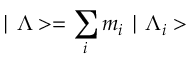
\mid \Lambda > = \sum _ { i } m _ { i } \mid \Lambda _ { i } >